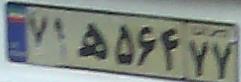
۷۱ه۵۶۴۷۷